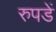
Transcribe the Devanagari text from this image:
रुपडें